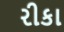
રીકા